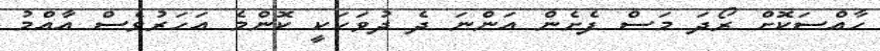
ހާއްސަކޮށް ރޯދަ މަސް ފެށެން އަންނަ ދެ ދުވަހަކީ ކޮންމެ އަހަރުވެސް އާއްމު